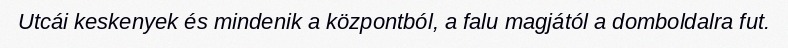
Utcái keskenyek és mindenik a központból, a falu magjától a domboldalra fut.